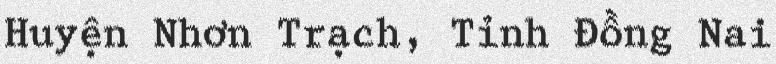
Huyện Nhơn Trạch, Tỉnh Đồng Nai